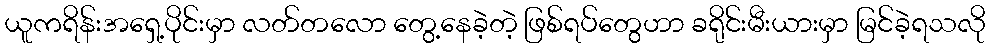
ယူကရိန်းအရှေ့ပိုင်းမှာ လတ်တလော တွေ့နေခဲ့တဲ့ ဖြစ်ရပ်တွေဟာ ခရိုင်းမီးယားမှာ မြင်ခဲ့ရသလို